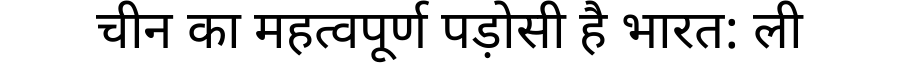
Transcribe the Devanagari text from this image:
चीन का महत्वपूर्ण पड़ोसी है भारत: ली